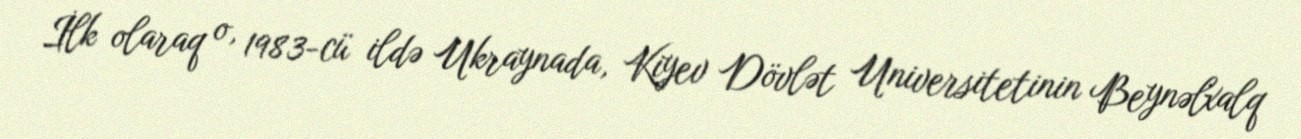
İlk olaraq o, 1983-cü ildə Ukraynada, Kiyev Dövlət Universitetinin Beynəlxalq